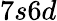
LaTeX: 7s6d